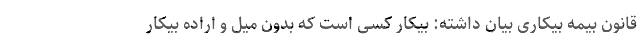
قانون بیمه بیکاری بیان داشته: بیکار کسی است که بدون میل و اراده بیکار